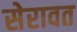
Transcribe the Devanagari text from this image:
सेरावत